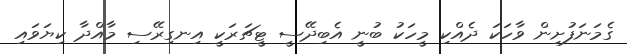
ގެމަނަފުށިން ވާހަކަ ދެއްކި މީހަކު ބުނީ އެބިދޭސީ ޓީޗަރަކީ އިނގިރޭސި މާއްދާ ކިޔަވައި